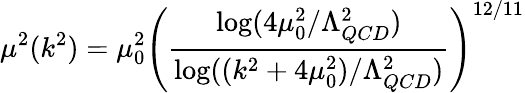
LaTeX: \mu^{2}(k^{2})=\mu_{0}^{2}\left({\frac{\log(4\mu_{0}^{2}/\Lambda_{QCD}^{2})}{\log((k^{2}+4\mu_{0}^{2})/\Lambda_{QCD}^{2})}}\right)^{12/11}